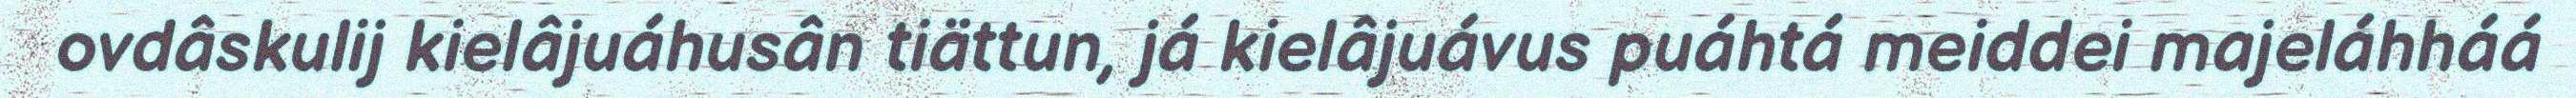
ovdâskulij kielâjuáhusân tiättun, já kielâjuávus puáhtá meiddei majeláhháá